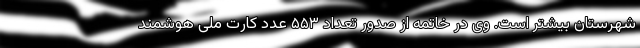
شهرستان بیشتر است. وی در خاتمه از صدور تعداد ۵۵۳ عدد کارت ملی هوشمند